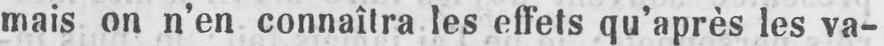
mais on n’en connaîtra les effets qu’après les va-